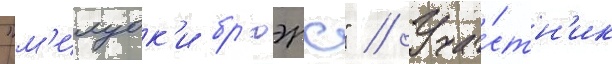
"м'илуок'и бр'юэрс" // Уча́стн'ик